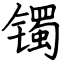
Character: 镯